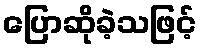
ပြောဆိုခဲ့သဖြင့်